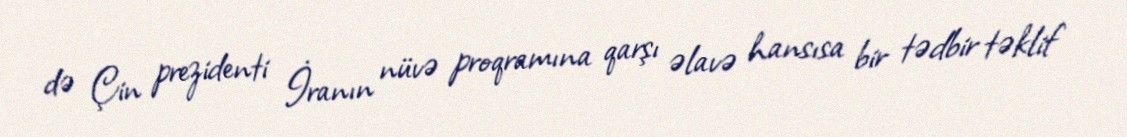
də Çin prezidenti İranın nüvə proqramına qarşı əlavə hansısa bir tədbir təklif